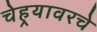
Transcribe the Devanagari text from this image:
चेहर्‍यावरचे